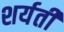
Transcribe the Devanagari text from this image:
शर्यतीं